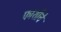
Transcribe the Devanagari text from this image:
फाशीचे